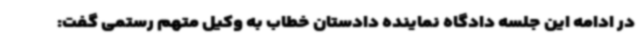
در ادامه این جلسه دادگاه نماینده دادستان خطاب به وکیل متهم رستمی گفت: